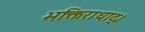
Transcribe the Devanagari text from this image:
भक्तिराधाद्।